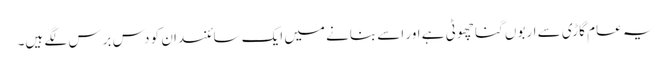
یہ عام گاڑی سے اربوں گنا چھوٹی ہے اور اسے بنانے میں ایک سائنسدان کو دس برس لگے ہیں۔